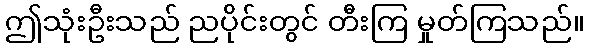
ဤသုံးဦးသည် ညပိုင်းတွင် တီးကြ မှုတ်ကြသည်။